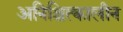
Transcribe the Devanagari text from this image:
अनिश्चित्कालीन